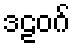
ဒဠဝဂ်